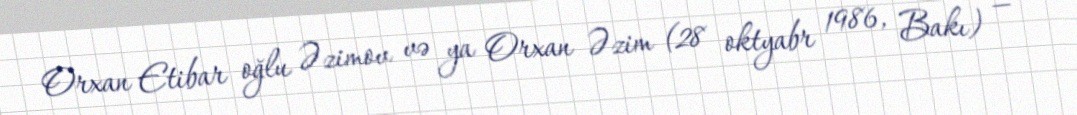
Orxan Etibar oğlu Əzimov və ya Orxan Əzim (28 oktyabr 1986, Bakı) —